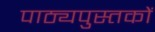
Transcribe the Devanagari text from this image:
पाठ्यपुस्‍तकों